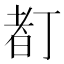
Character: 𠁂